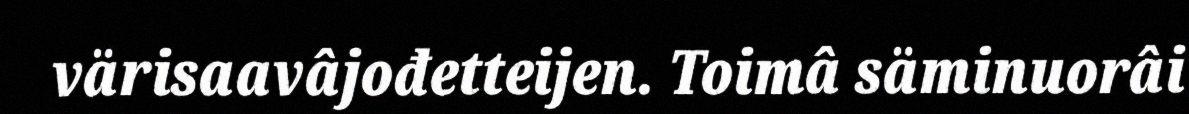
värisaavâjođetteijen. Toimâ säminuorâi